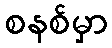
စနစ်မှာ